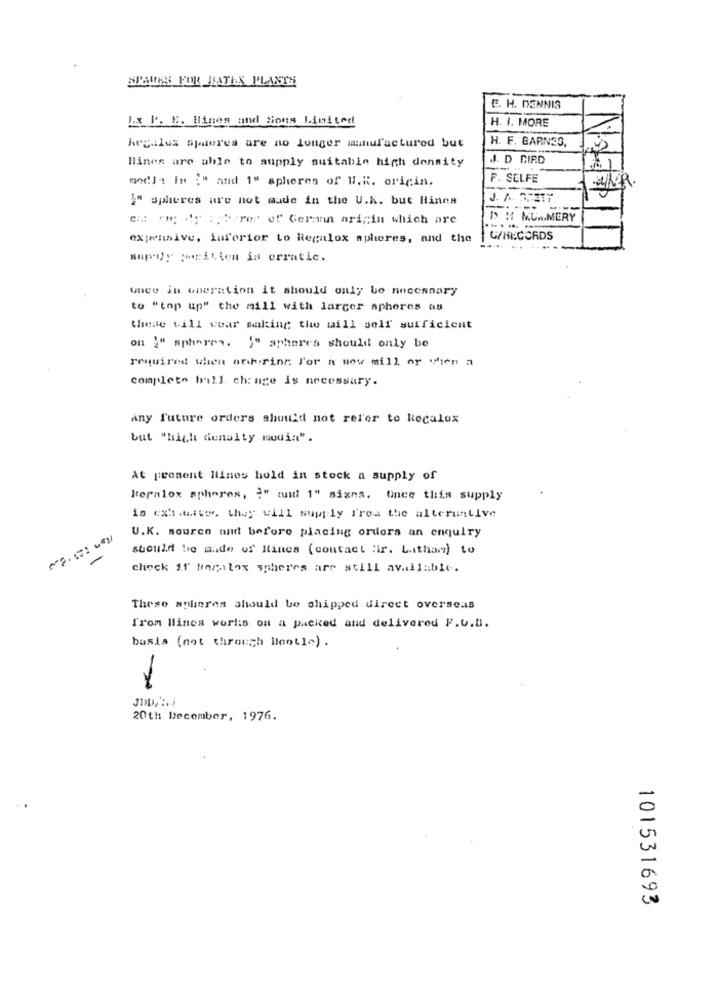
SPARES FOR JATEX PLANTS
E. H. DENNIS
Ex F. E. lines and Sions Limited
H. I. MORE
H. F. BARNES,
kegales spueres are no longer manufactured but
lines are able to supply suitable high density
J. D CIRD
modli In :" and 1º spheres of U.K. origin.
F. SELFE
"" spheres are not made in the U.K. but Hines
J. A. SPETT
c. om dy : pbirer of German origin which are
"> H MUMMERY
expensive, inferior to Regalox spheres, and the
G/RECORDS
supgy peicien ia erratic.
wnce in operation it should only be necessary
to "top up" the mill with larcer aphores as
these till wear making the will self sufficient
on "" spheres. "" apheres should only be
required when orhirinr. For a now mill or when a
complete ball change is necessary.
Any future orders should not refer to kecalox
but "high density mouin".
At present llines hold in stock a supply of
keralox spheres, I" tuidi 1" signs. Once this supply
is ext.ute. they will supply fros the alternative
U.K. source and before placing orders an enquiry
should be made of lines (contact "ir. L.tthan) to
-
check it tagalox spheres are still available.
These spheres should be shipped direct overseas
from Hines worl:s on a packed and delivered P.U.B.
basis (not through Blantle).
-
20th December, 1976.
101531693